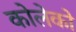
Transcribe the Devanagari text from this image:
कोलेको